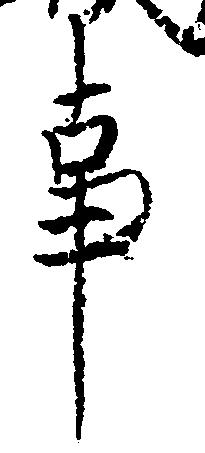
事